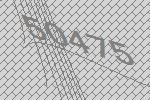
50475